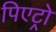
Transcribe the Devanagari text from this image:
पिएट्रो